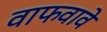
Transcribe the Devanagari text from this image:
वाफवावे